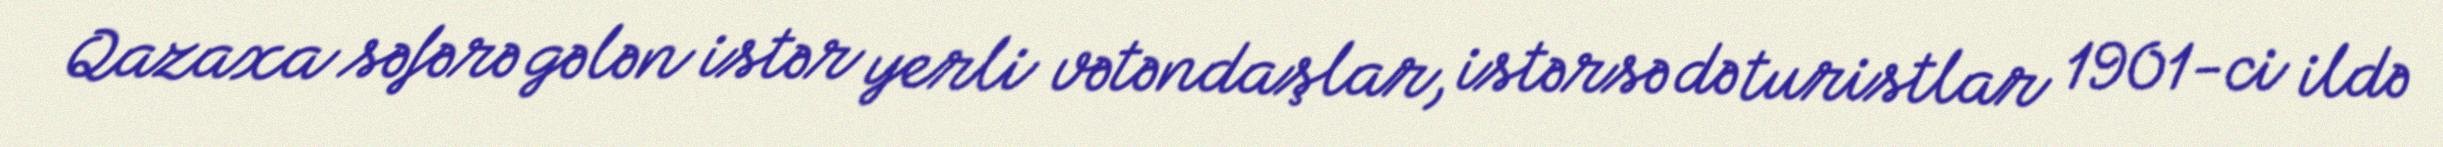
Qazaxa səfərə gələn istər yerli vətəndaşlar, istərsə də turistlar 1901-ci ildə